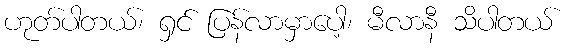
ဟုတ်ပါတယ်၊ ရှင် ပြန်လာမှာပေါ့၊ မီလာနီ သိပါတယ်